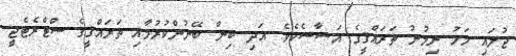
ޖުލައި މަހު ނިމުނު ތަރައްޤީގެ އަސާސެކެވެ. އަދި ބިން ބޭނުންކުރުމާއި ތަރައްޤީގެ ސްޓްރެޓެޖީ